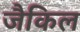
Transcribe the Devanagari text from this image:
जैकिल